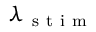
\lambda _ { \mathrm { ~ s ~ t ~ i ~ m ~ } }